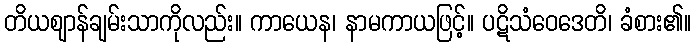
တိယဈာန်ချမ်းသာကိုလည်း။ ကာယေန၊ နာမကာယဖြင့်။ ပဋိသံဝေဒေတိ၊ ခံစား၏။